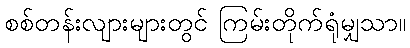
စစ်တန်းလျားများတွင် ကြမ်းတိုက်ရုံမျှသာ။